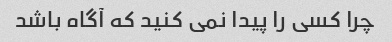
چرا کسی را پیدا نمی کنید که آگاه باشد